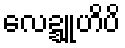
လေဍ္ဍူဟိပိ